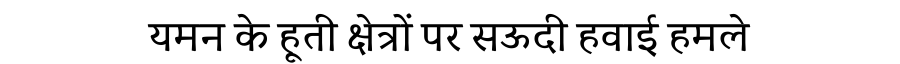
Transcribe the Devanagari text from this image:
यमन के हूती क्षेत्रों पर सऊदी हवाई हमले